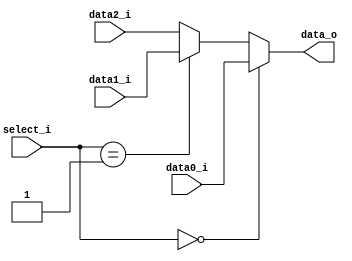
/***************************************************
Student Name: 
Student ID: 
***************************************************/

`timescale 1ns/1ps

module MUX_3to1(
	input  [31:0] data0_i,       
	input  [31:0] data1_i,
	input  [31:0] data2_i,
	input  [2-1:0] select_i,
	output [31:0] data_o
    );		   

/* Write your code HERE */
reg [32-1:0]temp;
assign data_o=temp;
always@(*)
begin
	if(select_i==0)
		temp<=data0_i;
	else if(select_i==2'b01)
		temp<=data1_i;
	else
		temp<=data2_i;
end
endmodule